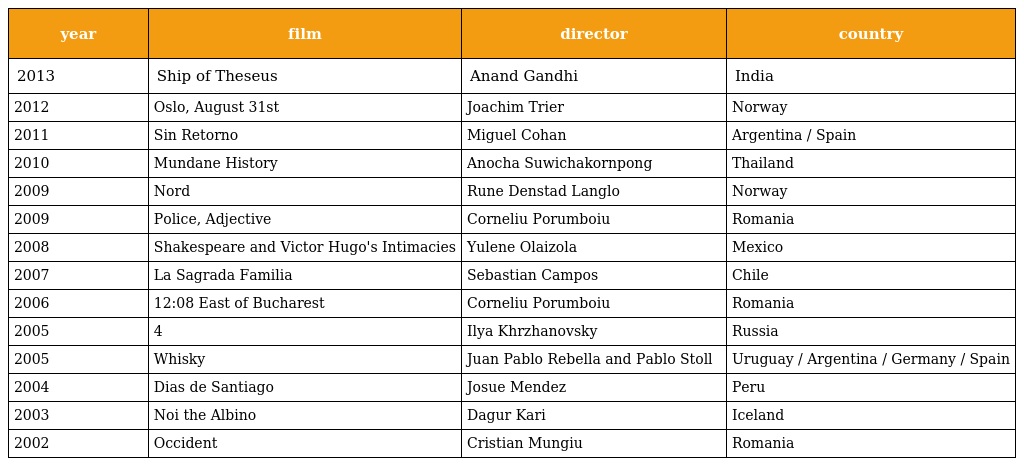
| year | film | director | country |
 | --- | --- | --- | --- |
 | 2013 | Ship of Theseus | Anand Gandhi | India |
 | 2012 | Oslo, August 31st | Joachim Trier | Norway |
 | 2011 | Sin Retorno | Miguel Cohan | Argentina / Spain |
 | 2010 | Mundane History | Anocha Suwichakornpong | Thailand |
 | 2009 | Nord | Rune Denstad Langlo | Norway |
 | 2009 | Police, Adjective | Corneliu Porumboiu | Romania |
 | 2008 | Shakespeare and Victor Hugo's Intimacies | Yulene Olaizola | Mexico |
 | 2007 | La Sagrada Familia | Sebastian Campos | Chile |
 | 2006 | 12:08 East of Bucharest | Corneliu Porumboiu | Romania |
 | 2005 | 4 | Ilya Khrzhanovsky | Russia |
 | 2005 | Whisky | Juan Pablo Rebella and Pablo Stoll | Uruguay / Argentina / Germany / Spain |
 | 2004 | Dias de Santiago | Josue Mendez | Peru |
 | 2003 | Noi the Albino | Dagur Kari | Iceland |
 | 2002 | Occident | Cristian Mungiu | Romania |